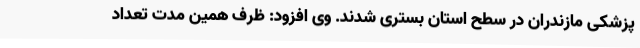
پزشکی مازندران در سطح استان بستری شدند. وی افزود: ظرف همین مدت تعداد